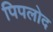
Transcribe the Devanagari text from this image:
पिपलोद